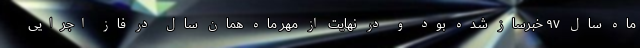
ماه سال ۹۷ خبرساز شده بود و در نهایت از مهر ماه همان سال در فاز اجرایی